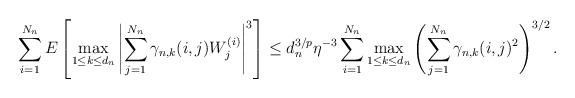
LaTeX: \begin{align*}\sum_{i=1}^{N_n}E\left[\max_{1\leq k\leq d_n}\left|\sum_{j=1}^{N_n}\gamma_{n,k}(i,j)W^{(i)}_j\right|^3\right]\leq d_n^{3/p}\eta^{-3}\sum_{i=1}^{N_n}\max_{1\leq k\leq d_n}\left(\sum_{j=1}^{N_n}\gamma_{n,k}(i,j)^2\right)^{3/2}.\end{align*}